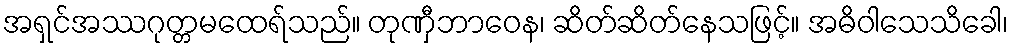
အရှင်အဿဂုတ္တမထေရ်သည်။ တုဏှီဘာဝေန၊ ဆိတ်ဆိတ်နေသဖြင့်။ အဓိဝါသေသိခေါ၊